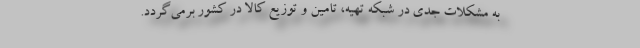
به مشکلات جدی در شبکه تهیه، تامین و توزیع کالا در کشور برمی‌گردد.